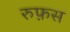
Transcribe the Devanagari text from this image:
रुफ़स